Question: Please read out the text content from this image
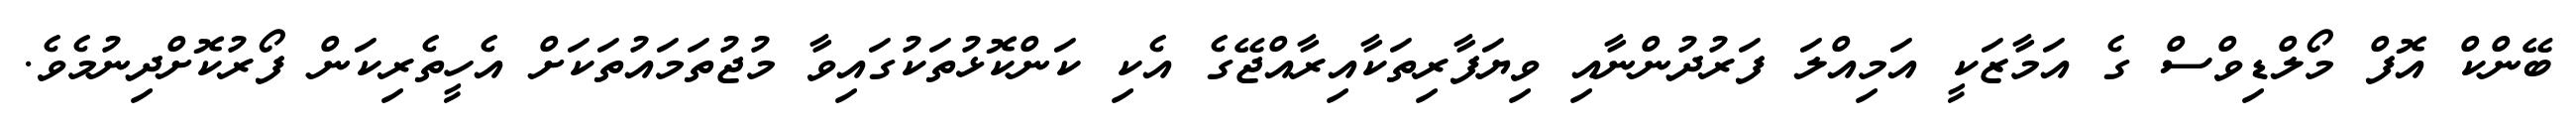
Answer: ބޭންކް އޮފް މޯލްޑިވްސް ގެ އަމާޒަކީ އަމިއްލަ ފަރުދުންނާއި ވިޔަފާރިތަކާއިރާއްޖޭގެ އެކި ކަންކޮޅުތަކުގައިވާ މުޖުތަމައުތަކަށް އެހީތެރިކަން ފޯރުކޮށްދިނުމެވެ.